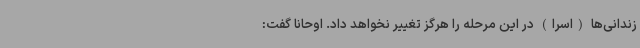
زندانی‌ها (اسرا) در این مرحله را هرگز تغییر نخواهد داد. اوحانا گفت: